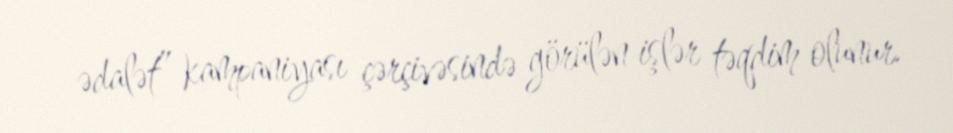
ədalət” kampaniyası çərçivəsində görülən işlər təqdim olunur.